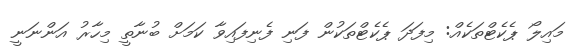
މައިލޯ ޕެކެޓްތަކެއް: މިފަދަ ޕެކެޓްތަކުން ފަނި ފެނިފައިވާ ކަމަށް ބުނާތީ މިހާރު އަންނަނީ